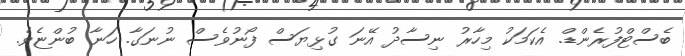
ބެސްޓްފުރެންޑް. އެކަމަކު މިހާރު ނިސާދު އޭނަ ގުޅިޔަސް ފޯނުވެސް ނުނަގާ. ހަނާ ބުންޏެވެ.